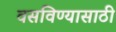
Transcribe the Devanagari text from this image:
वसविण्यासाठी